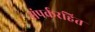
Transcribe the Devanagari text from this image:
संपर्करहित